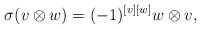
\begin{align*} \sigma(v\otimes w)=(-1)^{[v][w]}w\otimes v,\end{align*}